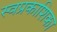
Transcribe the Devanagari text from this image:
स्वप्रकाशिका